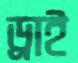
ড্রাই